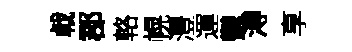
㦸郡輅幌灃運鬱溥享